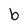
Character: b